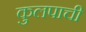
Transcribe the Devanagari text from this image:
कुलपाची